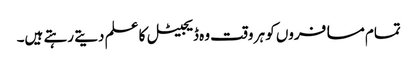
تمام مسافروں کو ہر وقت وہ ڈیجیٹل کا علم دیتے رہتے ہیں۔